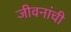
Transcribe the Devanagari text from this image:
जीवनांची